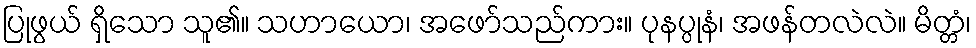
ပြုဖွယ် ရှိသော သူ၏။ သဟာယော၊ အဖော်သည်ကား။ ပုနပ္ပုနံ၊ အဖန်တလဲလဲ။ မိတ္တံ၊